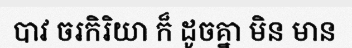
បាវ ចរកិរិយា ក៏ ដូចគ្នា មិន មាន